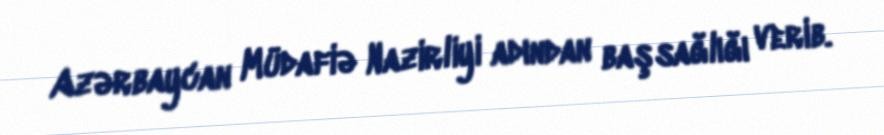
Azərbaycan Müdafiə Nazirliyi adından başsağlığı verib.